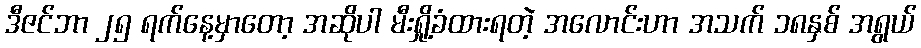
ဒီဇင်ဘာ ၂၅ ရက်နေ့မှာတော့ အဆိုပါ မီးရှို့ခံထားရတဲ့ အလောင်းဟာ အသက် ၁၈နှစ် အရွယ်